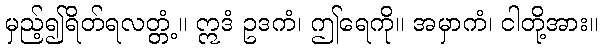
မှည့်၍ရိတ်ရလတ္တံ့။ ဣဒံ ဥဒကံ၊ ဤရေကို။ အမှာကံ၊ ငါတို့အား။